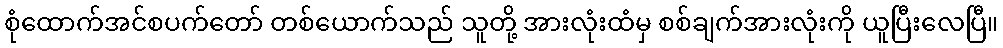
စုံထောက်အင်စပက်တော် တစ်ယောက်သည် သူတို့ အားလုံးထံမှ စစ်ချက်အားလုံးကို ယူပြီးလေပြီ။